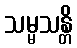
သမ္မသန္တိ